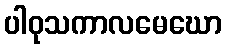
ပါဝုသကာလမေဃော